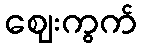
ဈေးကွက်